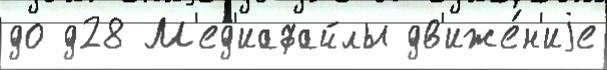
до д28 М'ед'иафайлы дв'иже́н'иjе